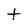
Character: t